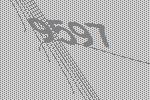
9597